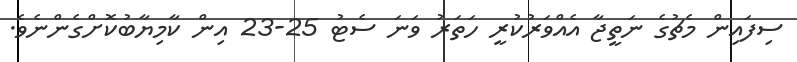
ސިފައިން މެޗުގެ ނަތީޖާ އެއްވަރުކުރީ ހަތަރު ވަނަ ސެޓު 25-23 އިން ކާމިޔާބުކޮށްގެންނެވެ.